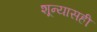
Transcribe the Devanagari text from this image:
शून्यासही